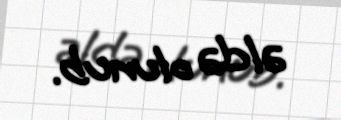
əldə olunub.